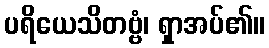
ပရိယေသိတဗ္ဗံ၊ ရှာအပ်၏။